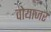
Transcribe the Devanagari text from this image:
वोयाजर